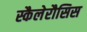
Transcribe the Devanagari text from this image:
स्कैलेरौसिस